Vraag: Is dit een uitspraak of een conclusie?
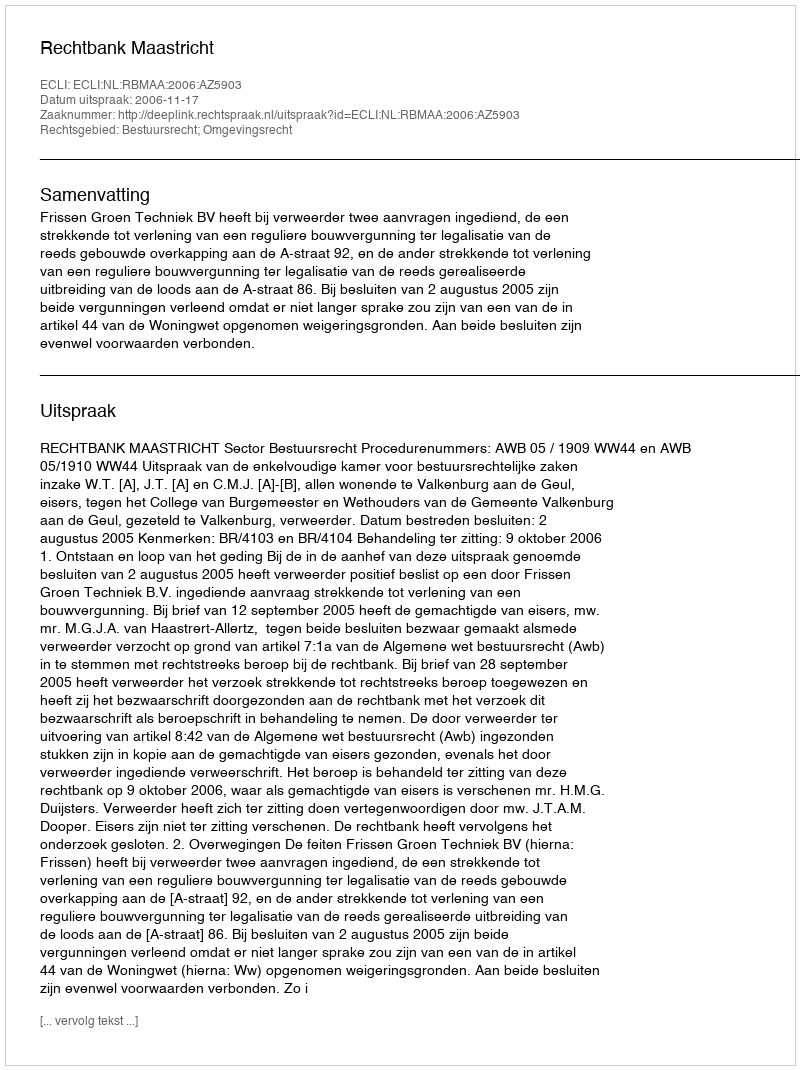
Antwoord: Uitspraak